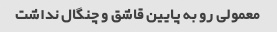
معمولی رو به پایین قاشق و چنگال نداشت